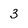
Character: 3